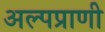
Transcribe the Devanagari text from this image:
अल्पप्राणी